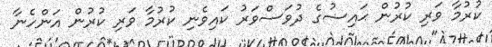
ކުރުމާ ވަރި ކުރުން ޙައިޟުގެ ދުވަސްވަރު ކައިވެނި ކުރުމާ ވަރި ކުރުން އަންހެނާ